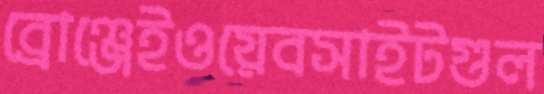
ব্রোঞ্জেইওয়েবসাইটগুল